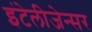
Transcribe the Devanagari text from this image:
इंटेलीजेन्सर